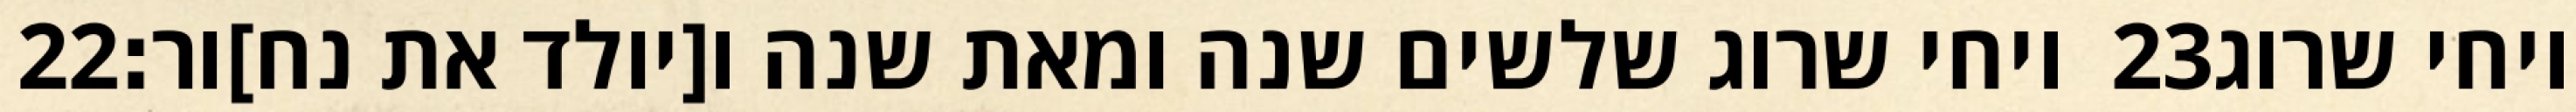
‎22‏ ויחי שרוג שלשים שנה ומאת שנה ו[יולד את נח]ור׃ ‎23‏ ויחי שרוג